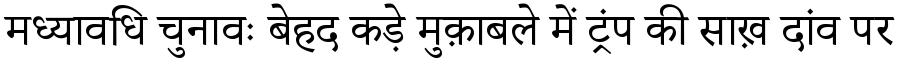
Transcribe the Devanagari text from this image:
मध्यावधि चुनावः बेहद कड़े मुक़ाबले में ट्रंप की साख़ दांव पर